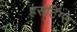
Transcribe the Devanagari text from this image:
हसटिंग्स